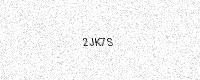
Text: 2JK7S